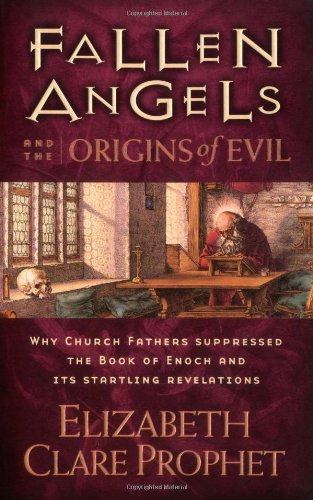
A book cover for Fallen Angels and the Origins of Evil: Why Church Fathers Suppressed The Book Of Enoch And Its Startling Revelations; Elizabeth Clare Prophet; Christian Books & Bibles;